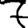
Digit: 7